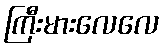
ကြီးမားလေလေ